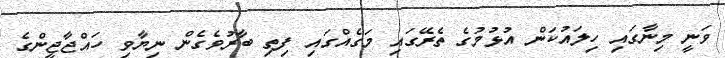
ވަނީ މިނާގައި ހިލައުކަން އުޅުމުގެ ތެރޭގައި މަގެއްގައި ފިތި ބާރުވެގެން ނިޔާވި ހައްޖާޖީންގެ